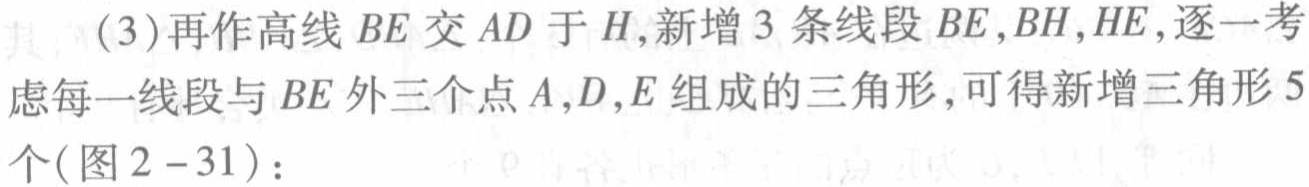
(3)再作高线 \(BE\) 交 \(AD\) 于 \(H\)，新增 \(3\) 条线段 \(BE,BH,HE\)，逐一考虑每一线段与 \(BE\) 外三个点 \(A,D,E\) 组成的三角形，可得新增三角形 \(5\) 个(图 \(2 - 31\))：